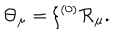
\Theta _ { \mu } = \xi ^ { ( 0 ) } { \cal R } _ { \mu } .